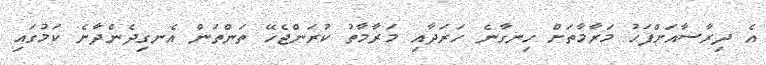
އެ ދިރާސާއަށްފަހު މަރާމާތަށް ހިނގާނެ ހަރަދާއި މަރާމާތު ކުރަންޖެހޭ ތަންތަން އެނގިދެންދާނެ ކަމުގައި